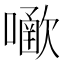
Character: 𡁀